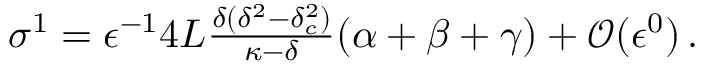
\begin{array} { r } { \sigma ^ { 1 } = \epsilon ^ { - 1 } 4 L \frac { \delta ( \delta ^ { 2 } - \delta _ { c } ^ { 2 } ) } { \kappa - \delta } ( \alpha + \beta + \gamma ) + \mathcal { O } ( \epsilon ^ { 0 } ) \, . } \end{array}